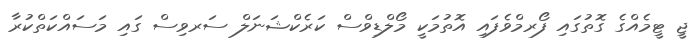
ޖީ ޓީމެއްގެ ގޮތުގައި ފޯރމްވެފައި އޮތުމަކީ މޯލްޑިވްސް ކަރެކްޝަނަލް ސަރވިސް ގައި މަސައްކަތްކުރާ